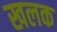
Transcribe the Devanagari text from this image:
खलक